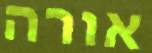
אורה